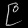
Digit: ၉